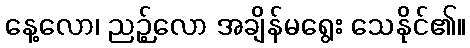
နေ့လော၊ ညဉ့်လော အချိန်မရွေး သေနိုင်၏။